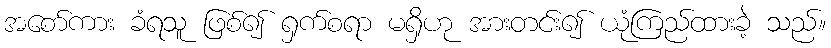
အစော်ကား ခံရသူ ဖြစ်၍ ရှက်စရာ မရှိဟု အားတင်း၍ ယုံကြည်ထားခဲ့ သည်။